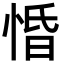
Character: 惛